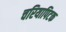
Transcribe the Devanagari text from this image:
चरियापिटक